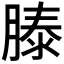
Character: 𬛍